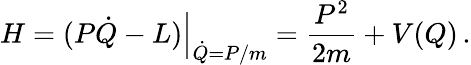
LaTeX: H=(P\dot{Q}-L)\Big|_{\dot{Q}=P/m}={\frac{P^{2}}{2m}}+V(Q)\, .